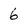
Character: 6